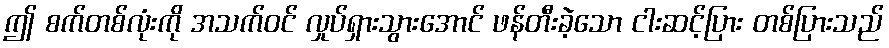
ဤ စက်တစ်လုံးကို အသက်ဝင် လှုပ်ရှားသွားအောင် ဖန်တီးခဲ့သော ငါးဆင့်ပြား တစ်ပြားသည်